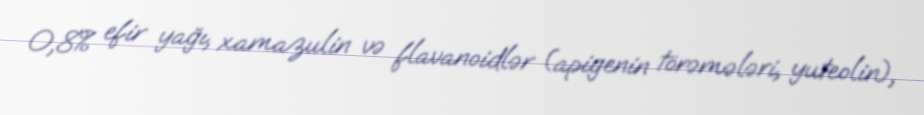
0,8% efir yağı, xamazulin və flavanoidlər (apigenin törəmələri, yuteolin),